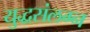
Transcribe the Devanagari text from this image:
युद्धसंलग्न